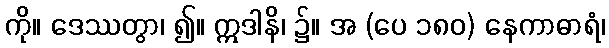
ကို။ ဒေဿတွာ၊ ၍။ ဣဒါနိ၊ ၌။ အ (ပေ ၁၈၀) နေကာဓာရံ၊